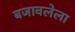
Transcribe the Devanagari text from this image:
बजावलेला